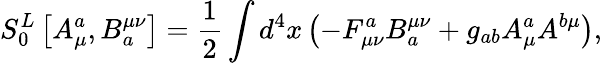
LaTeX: S_{0}^{L}\left[A_{\mu}^{a},B_{a}^{\mu\nu}\right]=\frac 12\int d^{4}x\left(-F_{\mu\nu}^{a}B_{a}^{\mu\nu}+g_{ab}A_{\mu}^{a}A^{b\mu}\right),